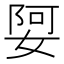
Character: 娿